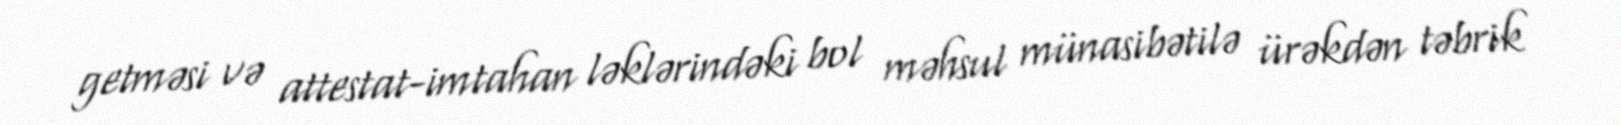
getməsi və attestat-imtahan ləklərindəki bol məhsul münasibətilə ürəkdən təbrik